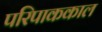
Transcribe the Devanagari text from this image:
परिपाककाल